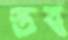
স্তব